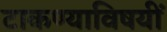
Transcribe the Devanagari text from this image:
टाकण्याविषयीं